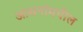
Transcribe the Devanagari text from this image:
आसनांमधील